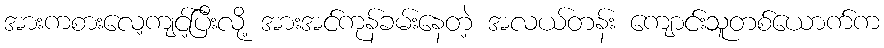
အားကစားလေ့ကျင့်ပြီးလို့ အားအင်ကုန်ခမ်းနေတဲ့ အလယ်တန်း ကျောင်းသူတစ်ယောက်က